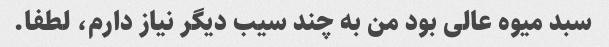
سبد میوه عالی بود من به چند سیب دیگر نیاز دارم، لطفا.